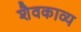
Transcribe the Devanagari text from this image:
शैवकाव्य